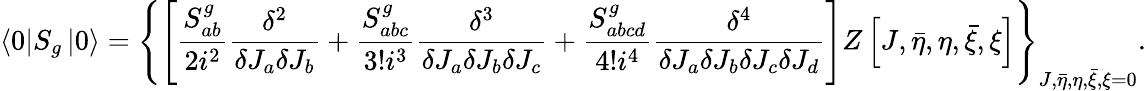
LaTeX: \left\langle 0\right|S_{g}\left|0\right\rangle=\left\{ \left[\frac{S_{ab}^{g}}{2i^{2}}\frac{\delta^{2}}{\delta J_{a}\delta J_{b}}+\frac{S_{abc}^{g}}{3!i^{3}}\frac{\delta^{3}}{\delta J_{a}\delta J_{b}\delta J_{c}}+\frac{S_{abcd}^{g}}{4!i^{4}}\frac{\delta^{4}}{\delta J_{a}\delta J_{b}\delta J_{c}\delta J_{d}}\right]Z\left[J,\bar{\eta},\eta,\bar{\xi},\xi\right]\right\} _{J,\bar{\eta},\eta,\bar{\xi},\xi=0}.